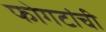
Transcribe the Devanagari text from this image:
फोगटांची